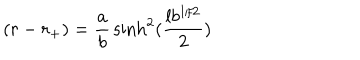
LaTeX: ( r - r _ { + } ) = { \frac { a } { b } } \sinh ^ { 2 } ( { \frac { l b ^ { 1 / 2 } } { 2 } } )